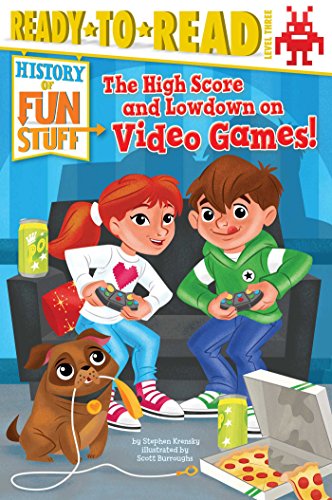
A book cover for The High Score and Lowdown on Video Games! (History of Fun Stuff); Stephen Krensky; Children's Books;